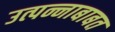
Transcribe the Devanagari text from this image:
उत्पन्नाबाबत